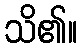
သိ၏။